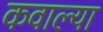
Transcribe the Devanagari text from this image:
कवाल्या